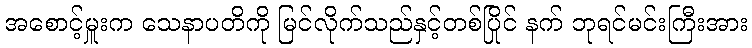
အစောင့်မှူးက သေနာပတိကို မြင်လိုက်သည်နှင့်တစ်ပြိုင် နက် ဘုရင်မင်းကြီးအား